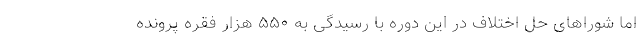
اما شورا‌های حل اختلاف در این دوره با رسیدگی به ۵۵۰ هزار فقره پرونده